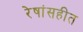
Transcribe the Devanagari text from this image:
रेषांसहीत